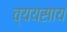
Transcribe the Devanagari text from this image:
व्ययसाय